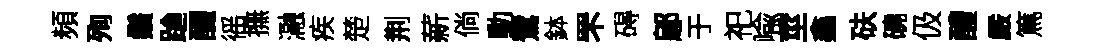
頻殉鬚蹌釅徭撫瀜疾楚荆薪倘動鷺鉢罘碍鄔于祀喩莖鑫砆磽伋醴嚴篤